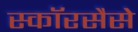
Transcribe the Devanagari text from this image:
स्कॉरसैसे